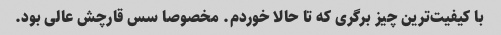
با کیفیت‌ترین چیز برگری که تا حالا خوردم. مخصوصا سس قارچش عالی بود.